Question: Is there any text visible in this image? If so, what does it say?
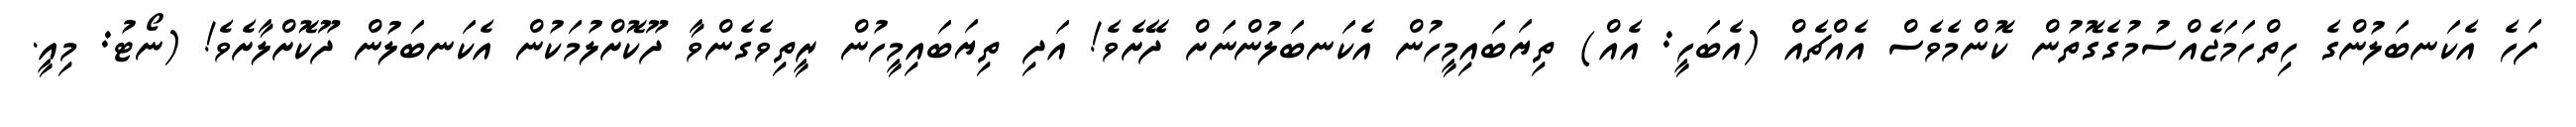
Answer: ފަހެ އެކަނބަލުންގެ ހިތްހަމަޖެއްސުމުގެގޮތުން ކޮންމެވެސް އެއްޗެއް (އެބަހީ: އެއް) ތިޔަބައިމީހުން އެކަނބަލުންނަށް ދޭށެވެ! އަދި ތިޔަބައިމީހުން ރީތިވެގެންވާ ދޫކޮށްލުމަކުން އެކަނބަލުން ދޫކޮށްލާށެވެ! (ނޯޓު: މިއީ.